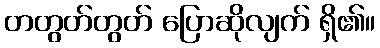
တတွတ်တွတ် ပြောဆိုလျက် ရှိ၏။